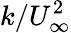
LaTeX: k/U_{\infty}^{2}